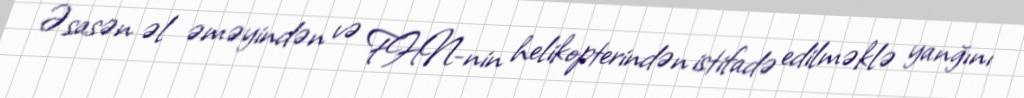
Əsasən əl əməyindən və FHN-nin helikopterindən istifadə edilməklə yanğını